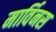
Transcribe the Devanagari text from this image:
मार्विनस